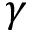
\gamma